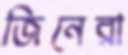
জিনেরা